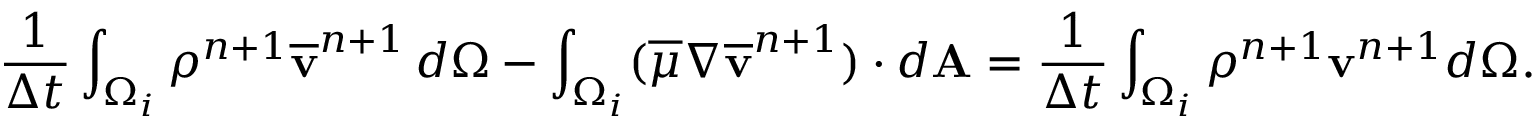
\frac { 1 } { \Delta t } \int _ { \Omega _ { i } } \rho ^ { n + 1 } \overline { { \mathbf v } } ^ { n + 1 } \, d \Omega - \int _ { \Omega _ { i } } ( \overline { { \mu } } \nabla \overline { { \mathbf v } } ^ { n + 1 } ) \cdot d \mathbf A = \frac { 1 } { \Delta t } \int _ { \Omega _ { i } } \rho ^ { n + 1 } \mathbf v ^ { n + 1 } d \Omega .